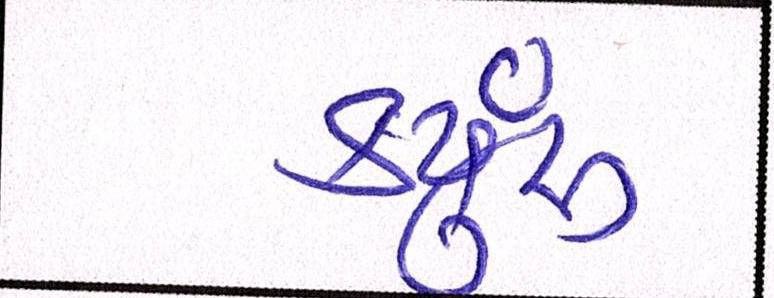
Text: કયુંર્